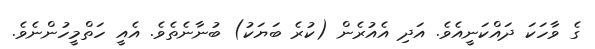
ގެ ވާހަކަ ދައްކަނީއެވެ. އަދި އެއުރެން (ކުރެ ބަޔަކު) ބުނާނެތެވެ. އެއީ ހަތްމީހުންނެވެ.